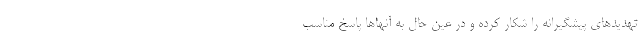
تهدیدهای پیشگیرانه را شکار کرده و در عین حال به آنها‌ها پاسخ مناسب